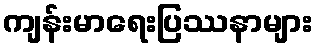
ကျန်းမာရေးပြဿနာများ